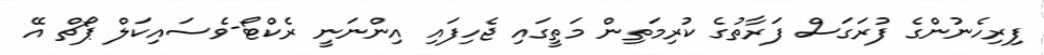
ފިރިހެނުންގެ ފުރަގަސް ފަރާތުގެ ކުރިމަތިން މަތީގައި ޖެހިފައި އިންނަނީ ރެކްޓޯ-ވެސައިކަލް ޕޯޗް އޭ